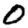
Digit: 0